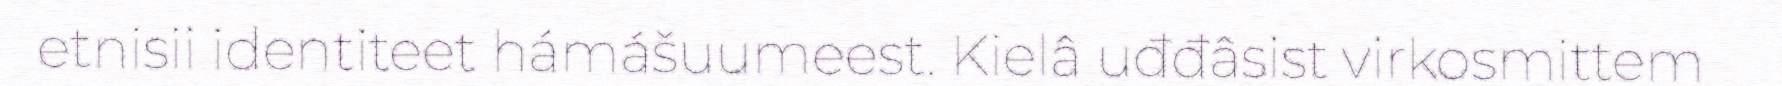
etnisii identiteet hámášuumeest. Kielâ uđđâsist virkosmittem